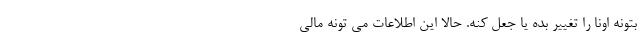
بتونه اونا را تغییر بده یا جعل کنه. حالا این اطلاعات می تونه مالی